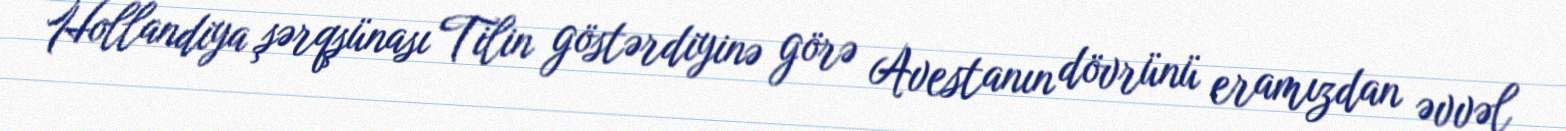
Hollandiya şərqşünası Tilin göstərdiyinə görə Avestanın dövrünü eramızdan əvvəl